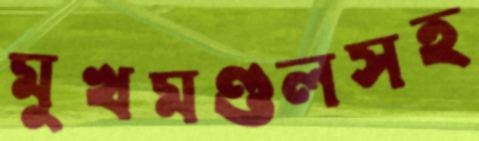
মুখমণ্ডলসহ